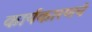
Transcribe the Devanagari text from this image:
कार्यकारणचे